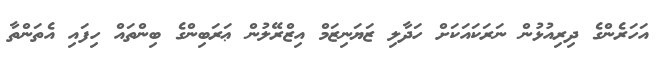
އަހަރެންގެ ދިރިއުޅުން ނަރަކައަކަށް ހަދާލި ޒަޔަނިޒަމް އިޒްރޭލުން ޢަރަބިންގެ ބިންތައް ހިފައި އެތަންތާ